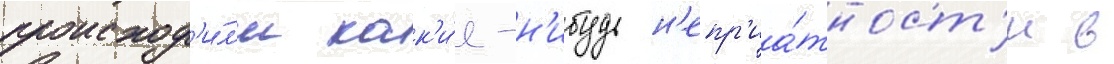
происход'и́л'и как'и́е-н'ибудь н'епр'иа́тност'и в